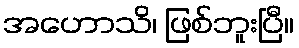
အဟောသိ၊ ဖြစ်ဘူးပြီ။